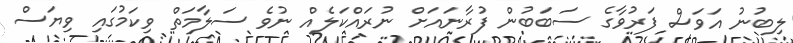
ލިބުނު އަވަސް ފަރުވާގެ ސަބަބުން ފުރާނައަށް ނުރައްކަލެއް ނުވެ ސަލާމަތް ވިކަމުގައި ވިޔަސް